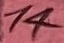
Text: 14